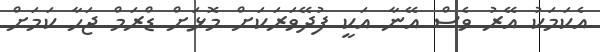
އެކަމަކު އޭރު ވެސް އޭނާ އަކީ ފުދޭވަރަކަށް މޮޅަށް ޑްރަމް ޖަހާ ކަމަށް